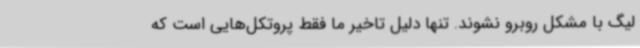
لیگ با مشکل روبرو نشوند. تنها دلیل تاخیر ما فقط پروتکل‌هایی است که